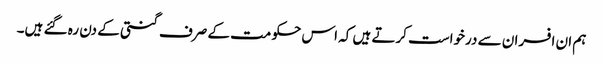
ہم ان افسران سے درخواست کرتے ہیں کہ اس حکومت کے صرف گنتی کے دن رہ گئے ہیں۔